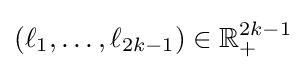
(\ell _{1},\dots ,\ell _{2k-1})\in \mathbb {R} _{+}^{2k-1}